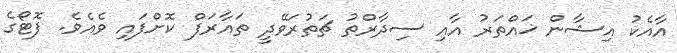
އާއެކު އިޝާން ޚައްތަރު އާއި ސިދާރްތު ޗަތުރަވޭދީ ތައާރަފް ކޮށްފައި ވެއެވެ. ފޮޓޯގެ